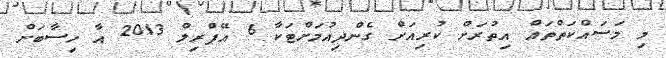
މި މަސައްކަތްތައް އިތުރަށް ކުރިއަށް ގެންދިއުމަށްޓަކާ 6 އޭޕްރިލް 2013 އާ ހިސާބަށް